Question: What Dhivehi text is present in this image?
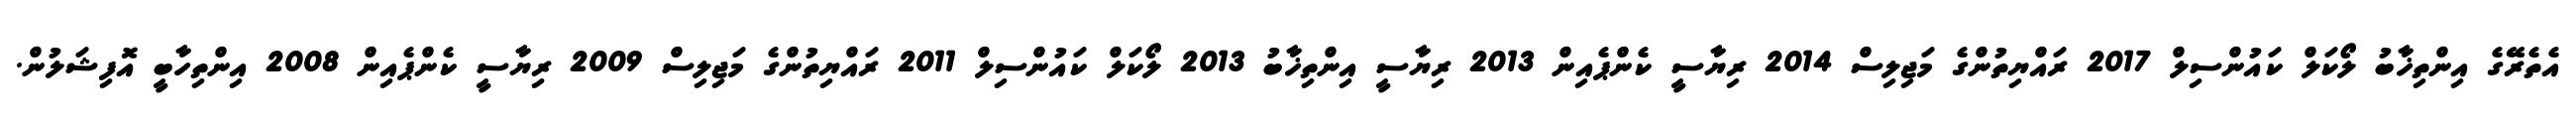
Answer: އެތެރޭގެ އިންތިޚާބު ލޯކަލް ކައުންސިލް 2017 ރައްޔިތުންގެ މަޖިލިސް 2014 ރިޔާސީ ކެންޕެއިން 2013 ރިޔާސީ އިންތިޚާބު 2013 ލޯކަލް ކައުންސިލް 2011 ރައްޔިތުންގެ މަޖިލިސް 2009 ރިޔާސީ ކެންޕެއިން 2008 އިންތިހާބީ އޮފިޝަލުން.